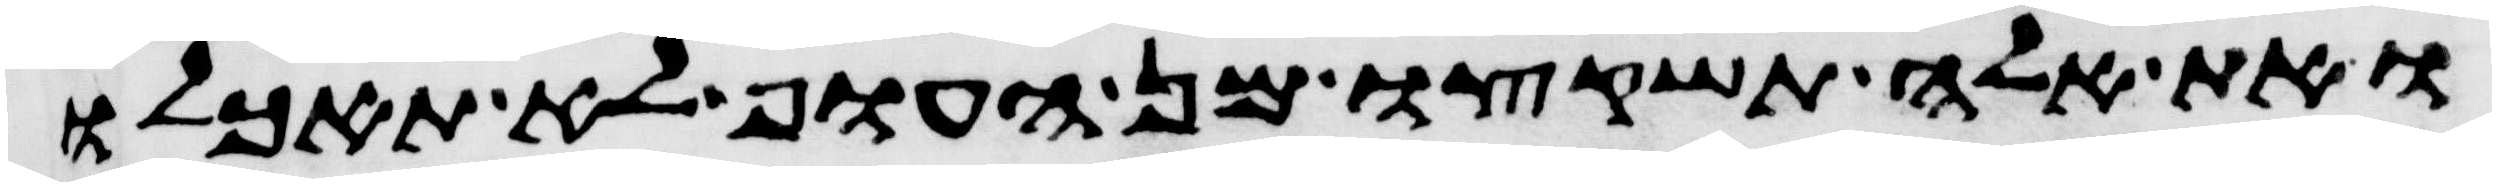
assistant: ואת אלה תשקצו מן העוף לא תאכלו